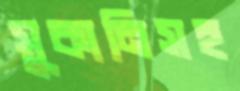
সুকানিসহ